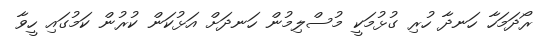
ރޯދަމަހާ ހަނދާ ހުރި ގުޅުމަކީ މުސްލިމުން ހަނދަށް އަޅުކަން ކުރުން ކަމުގައި ހީވާ